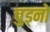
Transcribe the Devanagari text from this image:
चुड्नो